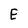
Character: E